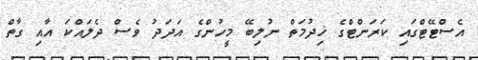
އެސްޓޭޓްގައި ކަރަންޓްގެ ޚިދުމަތް ނުލިބޭ މީހުންގެ އަދަދު ވެސް ދެލައްކަ އާއި ގާތް